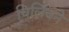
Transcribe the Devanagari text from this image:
चिलिचने